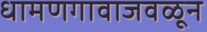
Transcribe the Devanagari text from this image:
धामणगावाजवळून